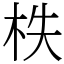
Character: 柣